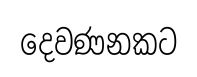
දෙවණනකට